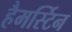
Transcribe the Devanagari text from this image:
हैमर्स्टिन